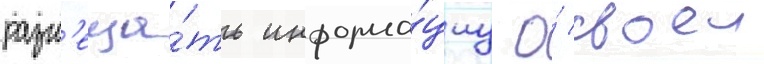
разм'еща́ть информа́циу о́ своеи